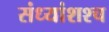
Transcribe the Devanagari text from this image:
संध्यांशश्च